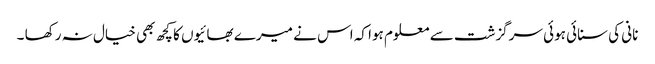
نانی کی سنائی ہوئی سرگزشت سے معلوم ہوا کہ اس نے میرے بھائیوں کا کچھ بھی خیال نہ رکھا ۔